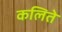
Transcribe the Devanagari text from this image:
कलिते